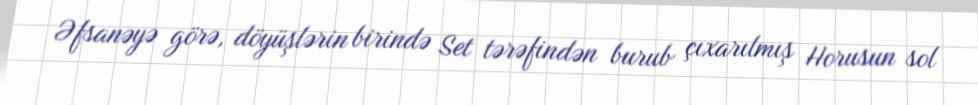
Əfsanəyə görə, döyüşlərin birində Set tərəfindən burub çıxarılmış Horusun sol